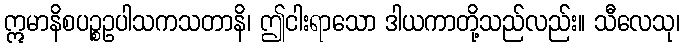
ဣမာနိစပဉ္စဥပါသကသတာနိ၊ ဤငါးရာသော ဒါယကာတို့သည်လည်း။ သီလေသု၊